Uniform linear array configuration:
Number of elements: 8
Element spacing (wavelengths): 1
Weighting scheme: cosine
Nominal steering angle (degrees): -45
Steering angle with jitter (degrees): -46.423
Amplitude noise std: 0.05
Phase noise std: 0.05

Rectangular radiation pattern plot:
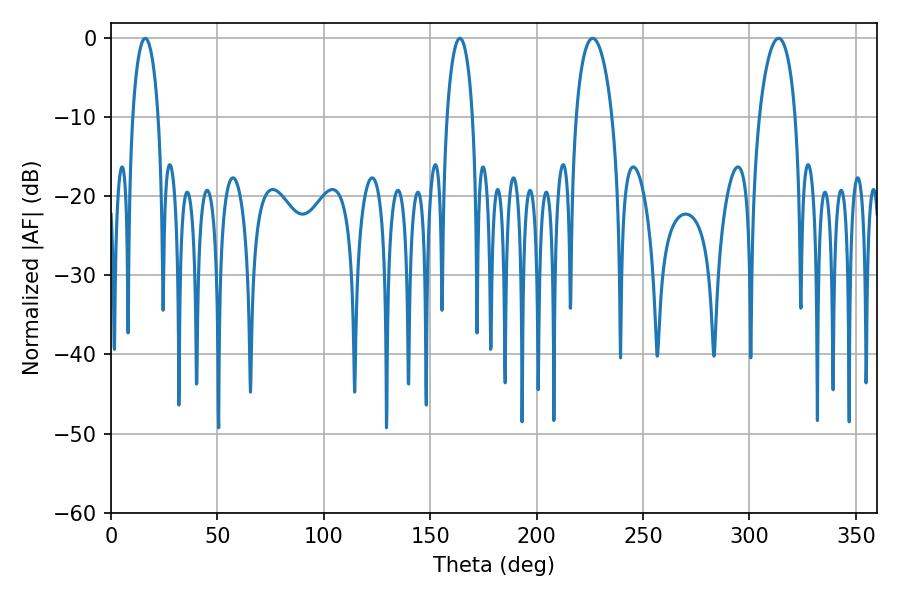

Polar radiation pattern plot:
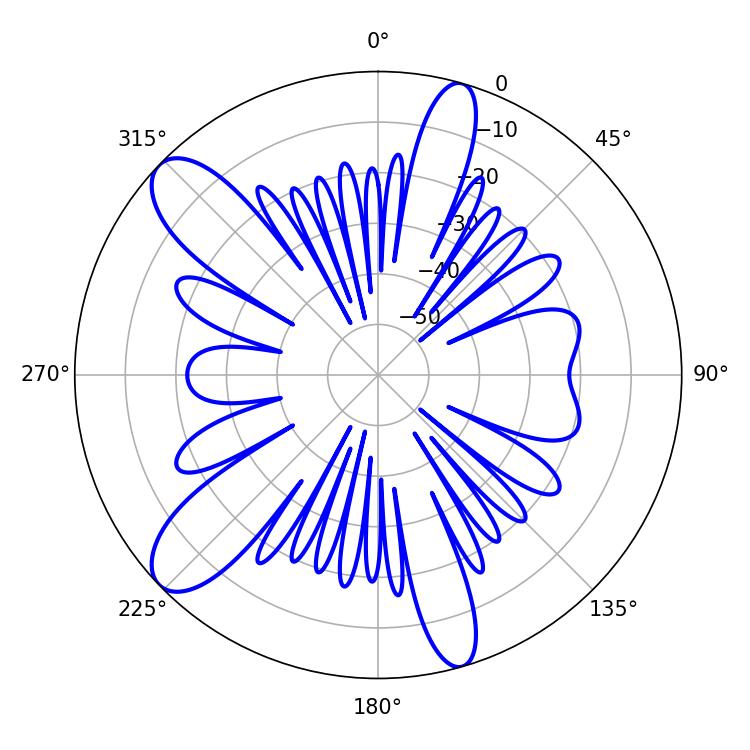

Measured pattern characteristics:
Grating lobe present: TRUE
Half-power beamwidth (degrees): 9.54
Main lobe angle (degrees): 226.26